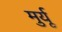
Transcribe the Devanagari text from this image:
मुर्यू